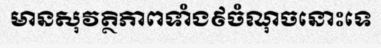
មានសុវត្ថិភាពទាំង៩ចំណុចនោះទេ